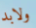
ولابد